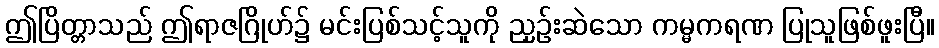
ဤပြိတ္တာသည် ဤရာဇဂြိုဟ်၌ မင်းပြစ်သင့်သူကို ညှဉ်းဆဲသော ကမ္မကရဏ ပြုသူဖြစ်ဖူးပြီ။